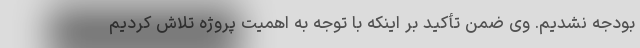
بودجه نشدیم. وی ضمن تأکید بر اینکه با توجه به اهمیت پروژه تلاش کردیم